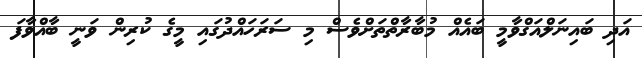
އަދި ބައިނަލްއަގްވާމީ ބައެއް މުބާރާތްތަށްވެސް މި ސަރަހައްދުގައި މީގެ ކުރިން ވަނީ ބާއްވާފަ